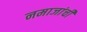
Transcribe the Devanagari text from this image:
नमाजांची